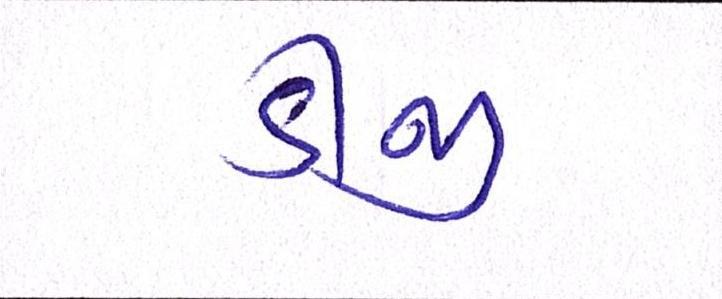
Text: ડીજી